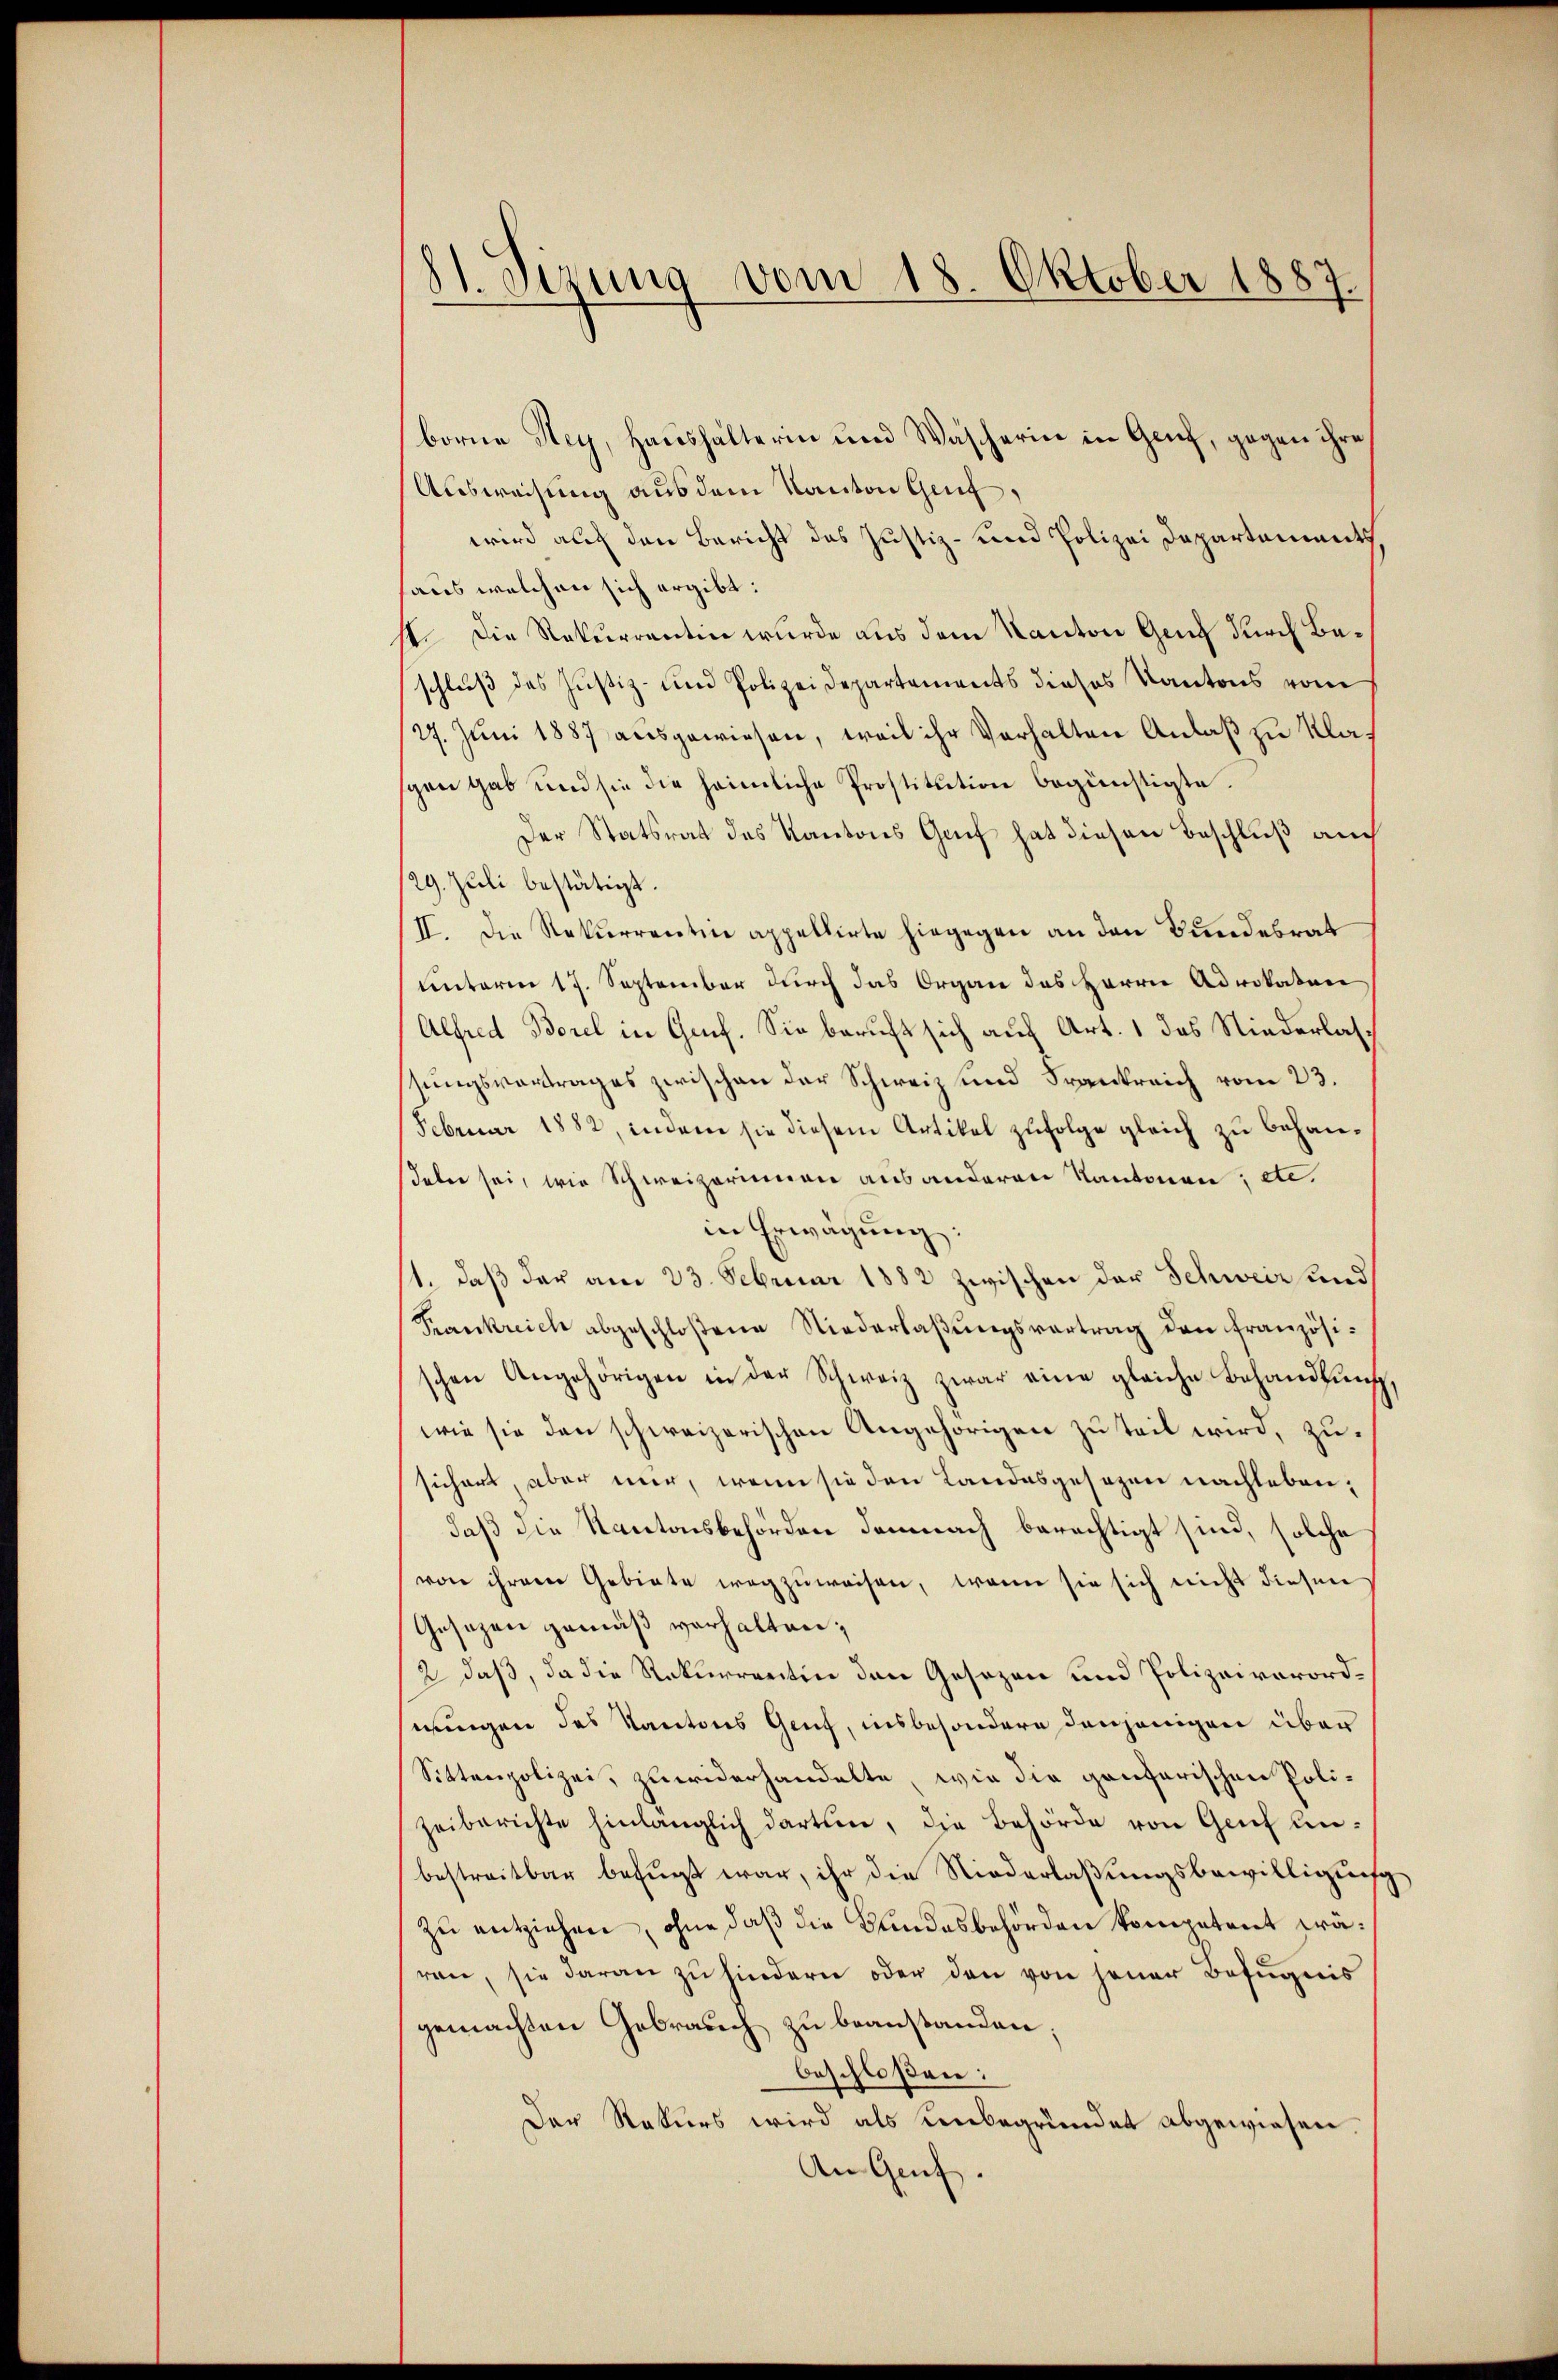
81. Sizung vom 18. Oktober 1887.

borne Hey, Haushalterin und Wascherin in Genf, gegen ihre
Ausweisung aus dem Kanton Genf.
wird auch den Bericht das Justiz- und Polizei Departements
haus welchen sich ergibt:
1. Die Rekurrentin wurde aus dem Kanton Ganz durch Beschluß des Justiz- und Polizeidepartements dieses Kantons vom
27. Juni 1887 ausgewiesen, weil ihr Verhalten Anlaß zu Klas
spen gab und sie die heimliche Prostitution begünstigte.
Der Statsrat des Kantons Gruf hat diesen Beschluß auch
/29. Juli bestätigt.
II. Die Rekurrentin appellirte hingegen an den Bundesrat
unterm 17. September durch das Organ des Herrn Advokaten
Alfred Borel in Gruf. Sie beruft sich auf Art. 1 das Niederlassungsvortrages zwischen der Schweiz und Frankreich vom 23.
Februar 1882, indem sie diesem Artikel zufolge gleich zu behansdelen sei, wie Schweizerinnen aus anderen Kantonen; etc.
in Erwägŭng:
1. daß der am 23. Februar 1882 zwischen der Schweiz und
Krankreich abgeschloßene Niederlaßungsvertrag den französischen Angehörigen in der Schweiz zwar eine gleiche Behandlŭng,
wie sie den schweizerischen Angehörigen zu teil wird, zusichert, aber mir, wenn sie den Landesgesezen nachleben,
daß die Kantonsbehörden demnach berechtigt sind, solche
von ihrem Gebiete wegzuweisen, wenn sie sich nicht diesen
Gesezen gemäß verhalten;
2 daß, da die Rekurrentin den Gesezen und Polizeiverordmungen des Kantons Genf, insbesondere denjenigen über
Sittenpolizei, zuwiderhandelte, wie die gantarischen Polizeiberichte hinlänglich darten, die Behörde von Genf unbestreitbar befügt war, ihr die Niederlaβŭngsbewilligung
zu entziehen, ohne daß die Bundesbehörden kompetent prären, sie daran zu hindern oder den von jener Befugnis
gemachten Gebrauch zu beanstanden;
beschloßen:
Der Rekurs wird als unbegründet abgewiesen.
An Genf.